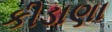
કીડાણા